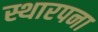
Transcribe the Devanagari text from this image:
स्थारपना